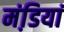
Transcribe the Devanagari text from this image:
मंडि़यां